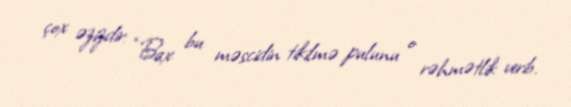
çox əzizdir: “Bax bu məscidin tikilmə pulunu o rəhmətlik verib.